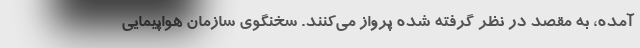
آمده، به مقصد در نظر گرفته شده پرواز می‌کنند. سخنگوی سازمان هواپیمایی